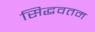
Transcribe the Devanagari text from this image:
सिद्धवतम